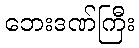
ဘေးဒဏ်ကြီး